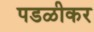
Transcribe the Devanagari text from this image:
पडळीकर